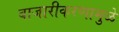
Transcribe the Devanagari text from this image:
बाजारीकरणामुळे